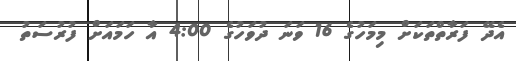
އެދޭ ފަރާތްތަކަށް މިމަހުގެ 16 ވަނަ ދުވަހުގެ 4:00 އާ ހަމައަށް ފުރުސަތު